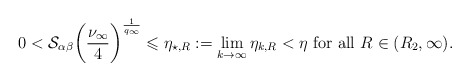
\begin{align*} 0<\mathcal{S}_{\alpha\beta} \bigg(\frac{\nu_{\infty}}{4}\bigg)^{\frac{1}{q_{\infty}}} \leqslant \eta_{\star, R}:= \lim_{k\to \infty} \eta_{k,R}< \eta \mbox{ for all } R \in (R_2, \infty). \end{align*}